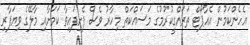
އެހެންކަމުން އެއާޕޯޓް ތަރައްގީކުރުމުގެ މަސައްކަތް މިހާރު ވެސް ފެށިފައިވާ ކަމަށާއި މާލޭގެ ވިޔަފާރި